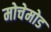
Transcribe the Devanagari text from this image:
मोचेमोड